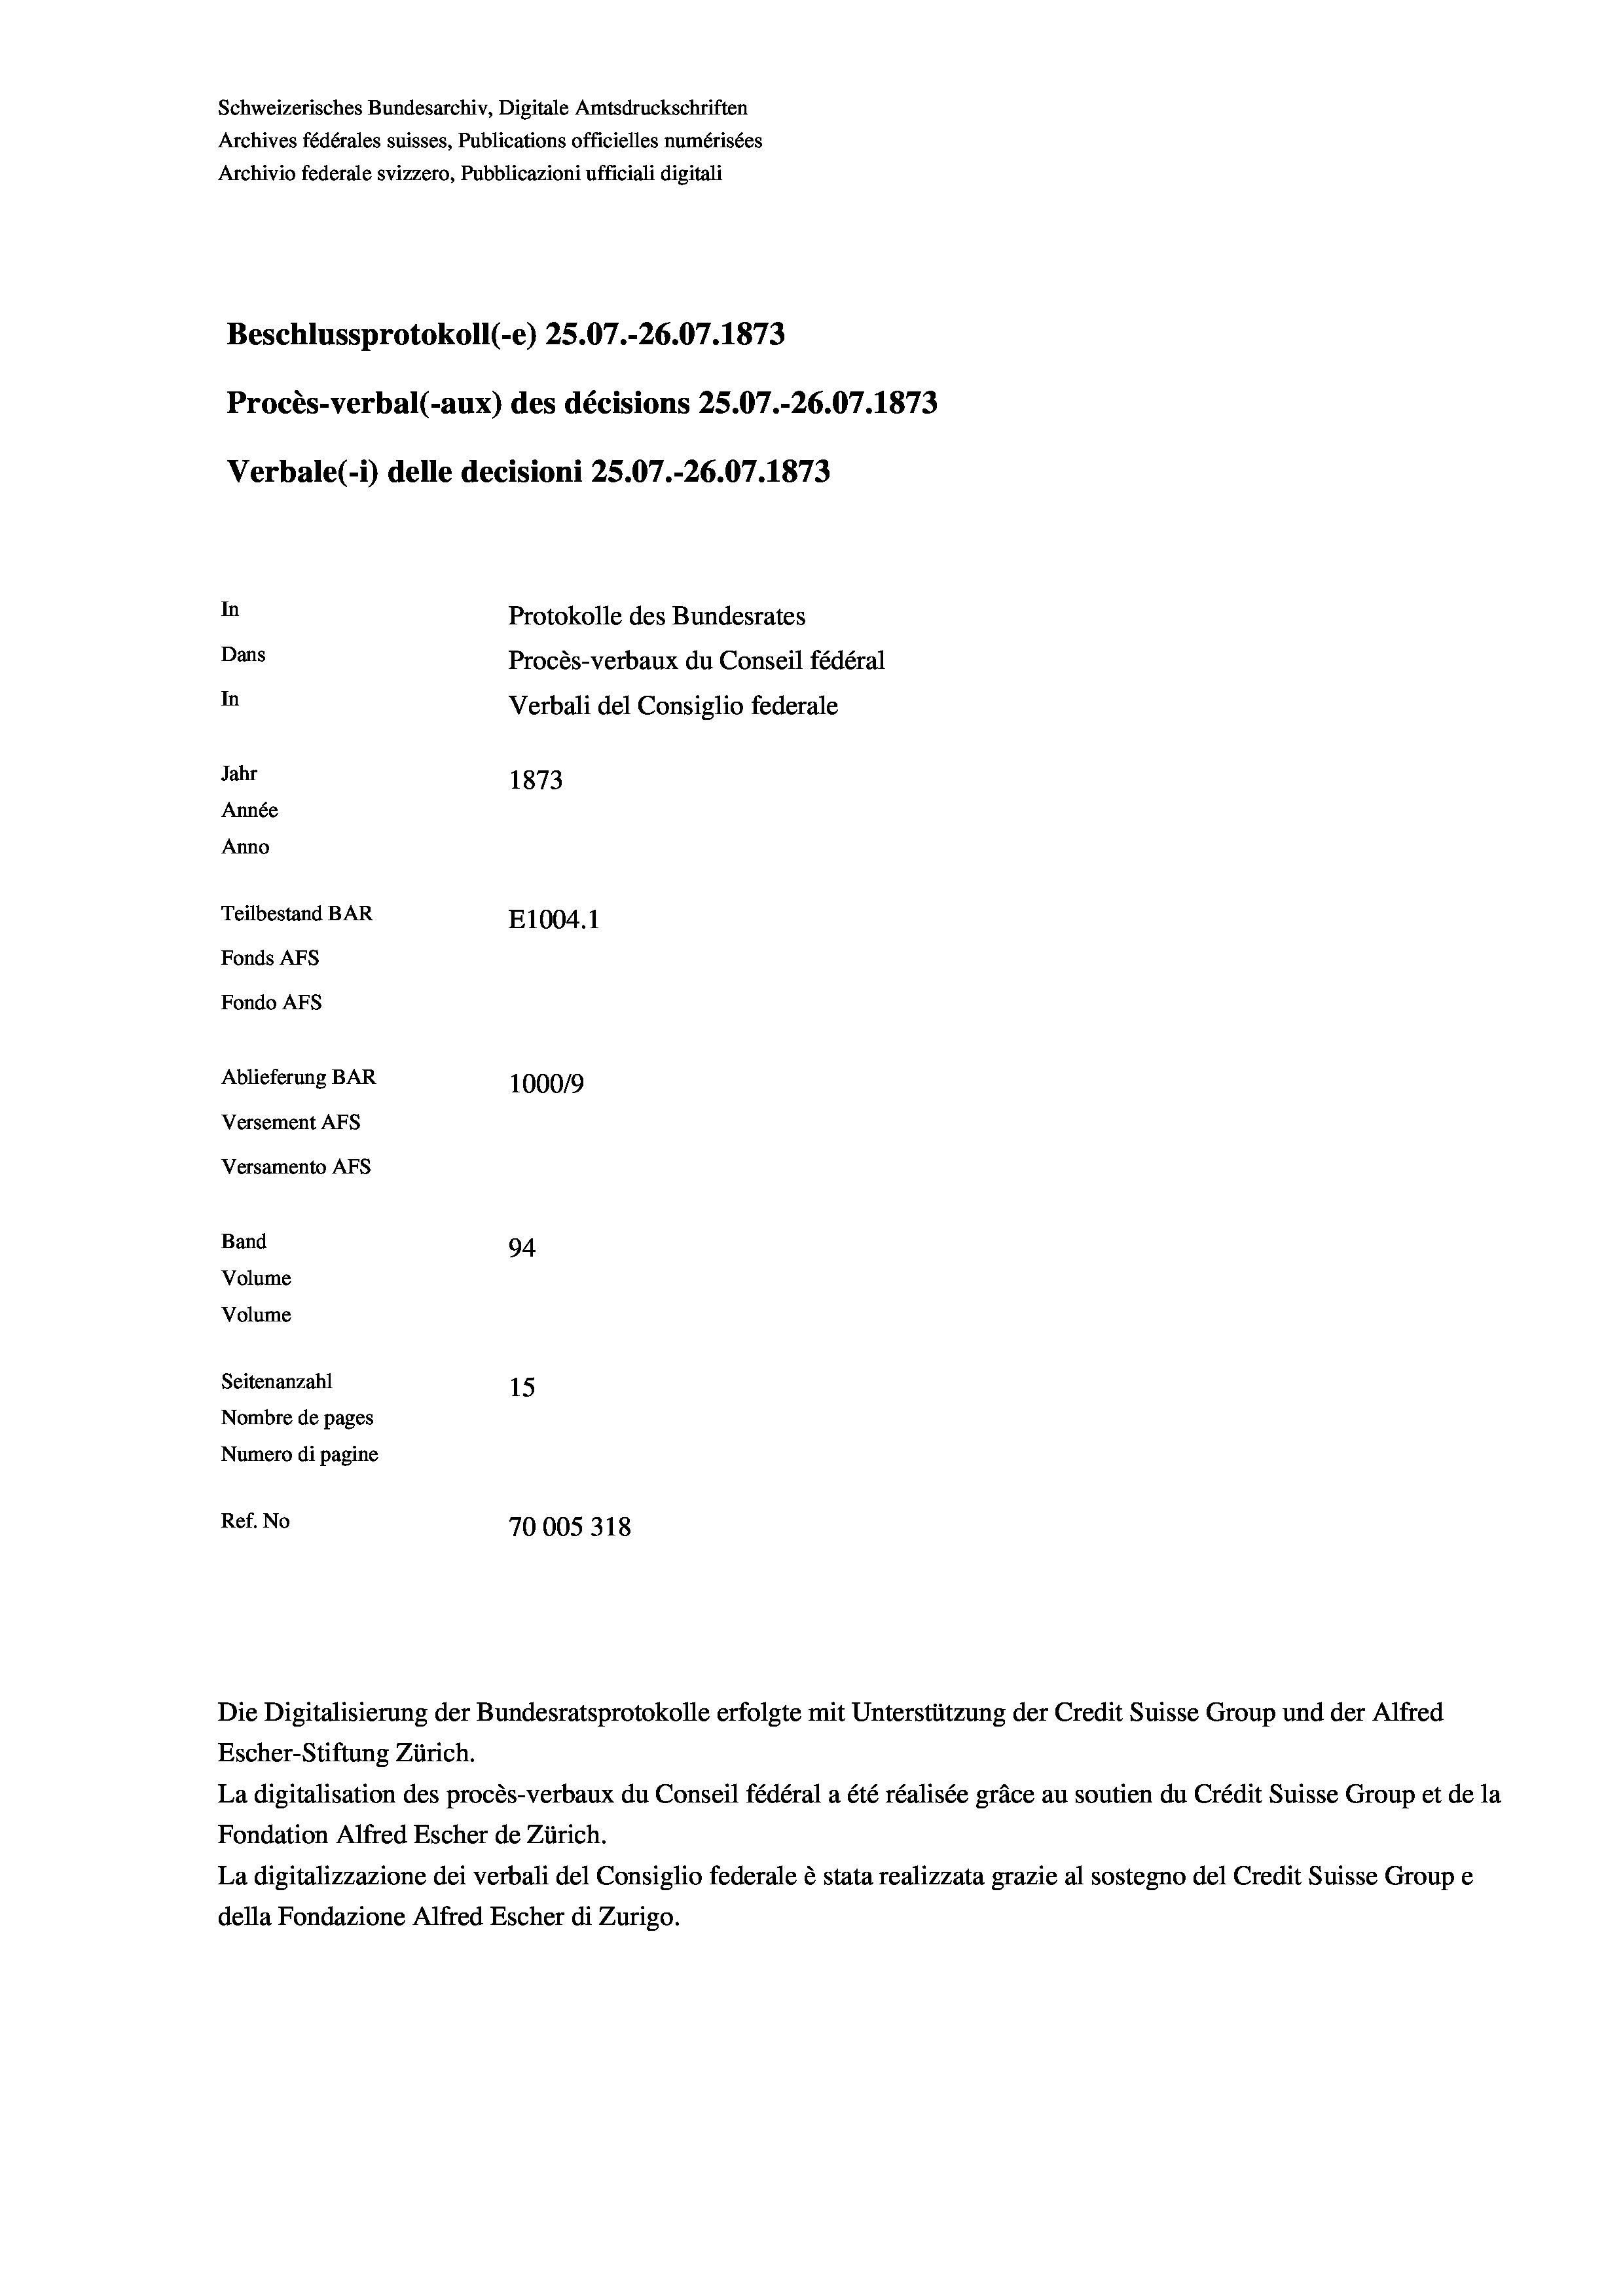
Schweizerisches Bundesarchiv, Digitale Amtsdruckschriften
Archives fédérales suisses, Publications officielles numérisées
Archivio federale svizzero, Pubblicazioni ufficiali digitali
Beschlussprotokoll (-e) 25.07.-26.07. 1873
Procès-verbal (-aux) des décisions 25.07.-26.07. 1873
Verbale (- 1) delle decisioni 25.07.-26.07. 1873
In
Protokolle des Bundesrates
Dans
Procès-verbaux du Conseil fédéral
In
Verbali del Consiglio federale
Jahr
1873
Année
Anno
Teilbestand BAR
E1004. 1
Fonds AFs
Fondo AFS
Ablieferung BAR
100019
Versement AFs

Band
Volume
Volume

Versamento AFs

94.
Seitenanzahl
15
Nombre de pages
Numero di pagine
Ref. No
70005318

Escher-Stiftung Zürich.
La digitalisation des procès-verbaux du Conseil fédéral a été réalisée gräce au soutien du Crédit Suisse Group et de la
Fondation Alfred Escher de Zürich.
La digitalizzazione dei verbali del Consiglio federale è stata realizzata grazie al sostegno del Credit Suisse Groupe
della Fondazione Alfred Escher di Zurigo.

Die Digitalisierung der Bundesratsprotokolle erfolgte mit Unterstützung der Credit Suisse Group und der Alfred